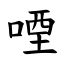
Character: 㖶